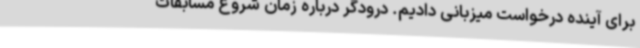
برای آینده درخواست میزبانی دادیم. درودگر درباره زمان شروع مسابقات